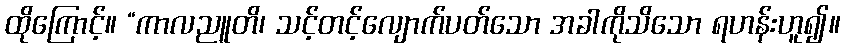
ထိုကြောင့်။ “ကာလညူတိ၊ သင့်တင့်လျောက်ပတ်သော အခါကိုသိသော ရဟန်းဟူ၍။